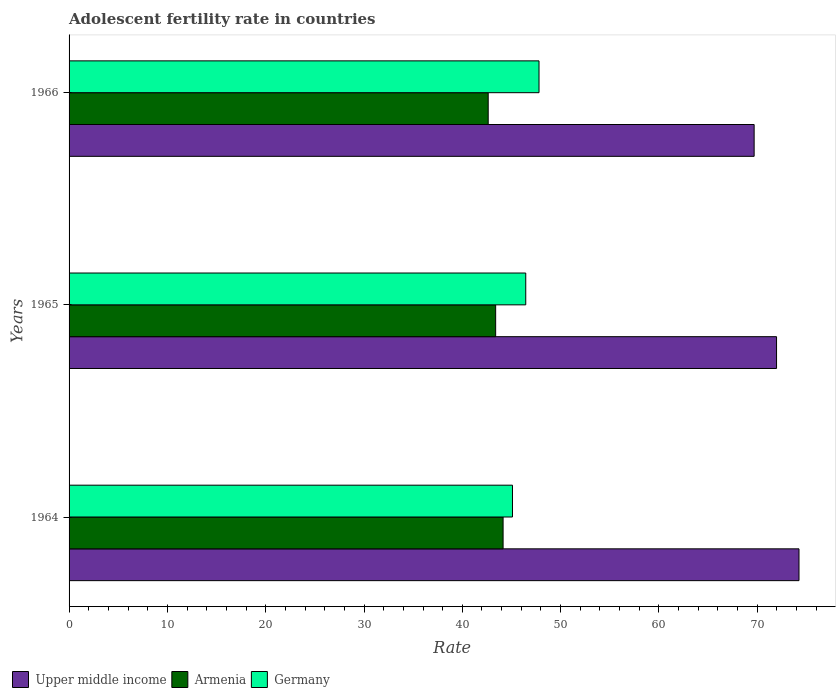
| Years | Upper middle income | Armenia | Germany |
 | --- | --- | --- | --- |
 | 1964 | 74.2 | 44.1 | 45.1 |
 | 1965 | 72 | 43.4 | 46.5 |
 | 1966 | 69.7 | 42.6 | 47.8 |